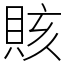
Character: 賅